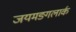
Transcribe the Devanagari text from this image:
जयमङ्गलार्क